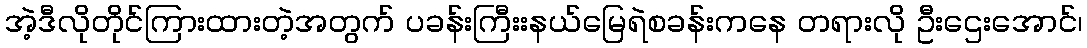
အဲ့ဒီလိုတိုင်ကြားထားတဲ့အတွက် ပခန်းကြီးးနယ်မြေရဲစခန်းကနေ တရားလို ဦးဌေးအောင်၊